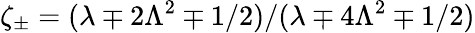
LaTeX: \zeta_{\pm}=(\lambda\mp 2\Lambda^{2}\mp 1/2)/(\lambda\mp 4\Lambda^{2}\mp 1/2)